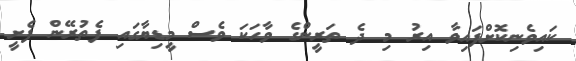
ކައިވެނިކޮށްފައިވާ އިރު މި ދެ ތަރީންގެ ވާހަކަ ވެސް މީޑިޔާގައި ފެތުރޭން ފެށީ